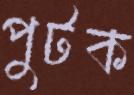
পুটক